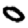
Digit: 0